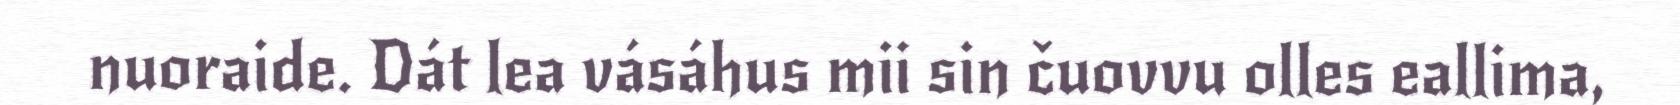
nuoraide. Dát lea vásáhus mii sin čuovvu olles eallima,